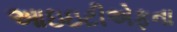
આઇઇટીએફના